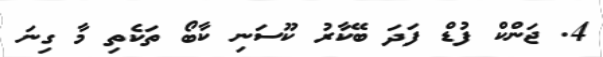
4. ޖަންކް ފުޑް ފަދަ ބޭކާރު ކޫސަނި ކާބޯ ތަކެތި މާ ގިނަ